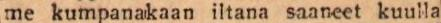
me kumpanakaan iltana saaneet kuulla